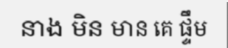
នាង មិន មាន គេ ផ្ទឹម